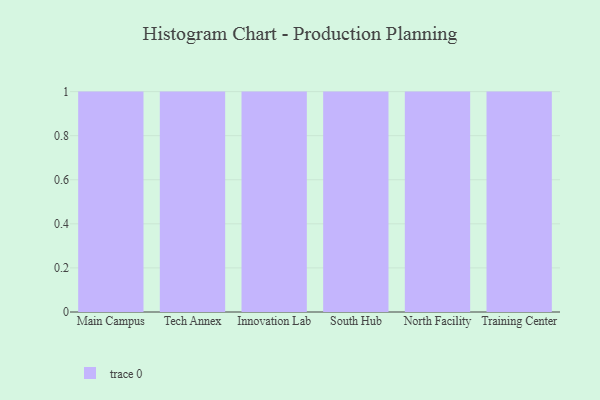
{"axis": {"x": "Campus", "y": "Website Visitors"}, "legend": [""], "data": [{"x": "Main Campus", "y": 96, "type": ""}, {"x": "Tech Annex", "y": 3, "type": ""}, {"x": "Innovation Lab", "y": 95, "type": ""}, {"x": "South Hub", "y": 55, "type": ""}, {"x": "North Facility", "y": 83, "type": ""}, {"x": "Training Center", "y": 30, "type": ""}]}